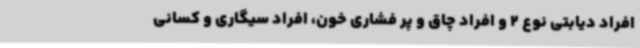
افراد دیابتی نوع 2 و افراد چاق و پر فشاری خون، افراد سیگاری و کسانی